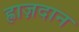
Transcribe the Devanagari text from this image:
ह्राज़दान